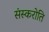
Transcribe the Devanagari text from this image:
संस्करोति